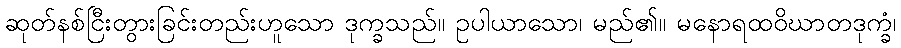
ဆုတ်နစ်ငြီးတွားခြင်းတည်းဟူသော ဒုက္ခသည်။ ဥပါယာသော၊ မည်၏။ မနောရထဝိဃာတဒုက္ခံ၊